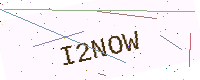
Text: I2NOW